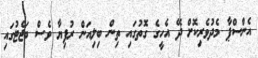
އެންސްޕާ މެދުވެރިކޮށް ދޭ އެހީގެ ގޮތުގައި ތިން ބިލިއަން ރުފިޔާ ވެސް ބަޖެޓުގައި